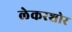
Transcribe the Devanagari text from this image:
लेकरशोर